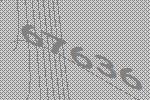
67636